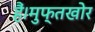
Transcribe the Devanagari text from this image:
हैं।मुफ्तखोर